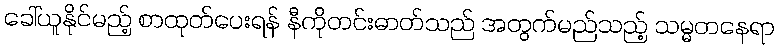
ခေါ်ယူနိုင်မည့် စာထုတ်ပေးရန် နီကိုတင်းဓာတ်သည် အတွက်မည်သည့် သမ္မတနေရာ